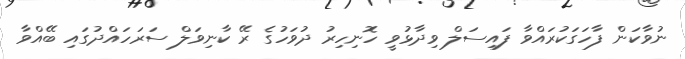
ނުވާކަން ފާހަގަކުރައްވާ ފައިސަލް ވިދާޅުވީ ހޮނިހިރު ދުވަހުގެ ރޭ ކާނިވަލް ސަރަހައްދުގައި ބޭއްވާ